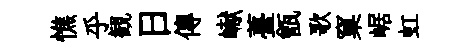
憔乎観日傳𪩘薹甑歌窠崌虹